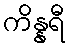
ကိန္နရီ